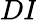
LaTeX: \textit{DI}